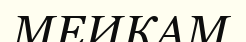
МЕИКАМ